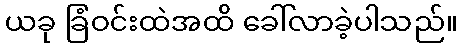
ယခု ခြံဝင်းထဲအထိ ခေါ်လာခဲ့ပါသည်။